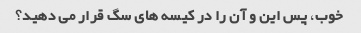
خوب، پس این و آن را در کیسه های سگ قرار می دهید؟